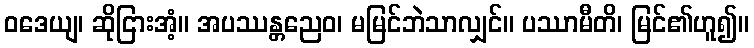
ဝဒေယျ၊ ဆိုငြားအံ့။ အပဿန္တညေဝ၊ မမြင်ဘဲသာလျှင်။ ပဿာမီတိ၊ မြင်၏ဟူ၍။